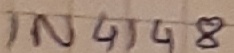
Text: IN4148